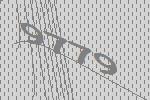
9779